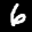
Label: 6